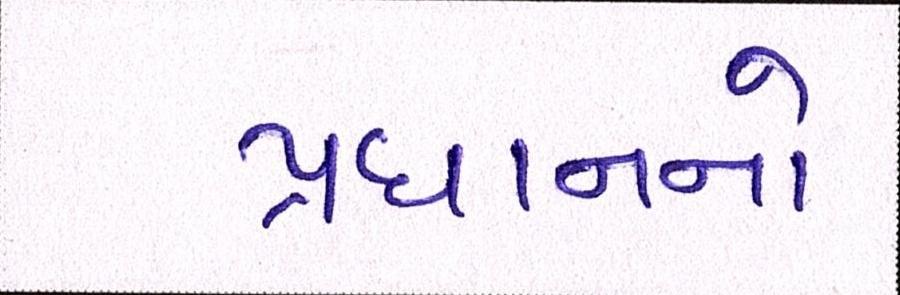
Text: પ્રધાનનો